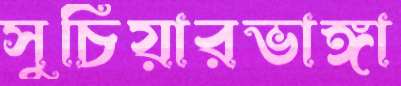
সুচিয়ারভাঙ্গা